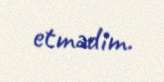
etmədim.